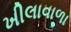
ખીલાવાળા